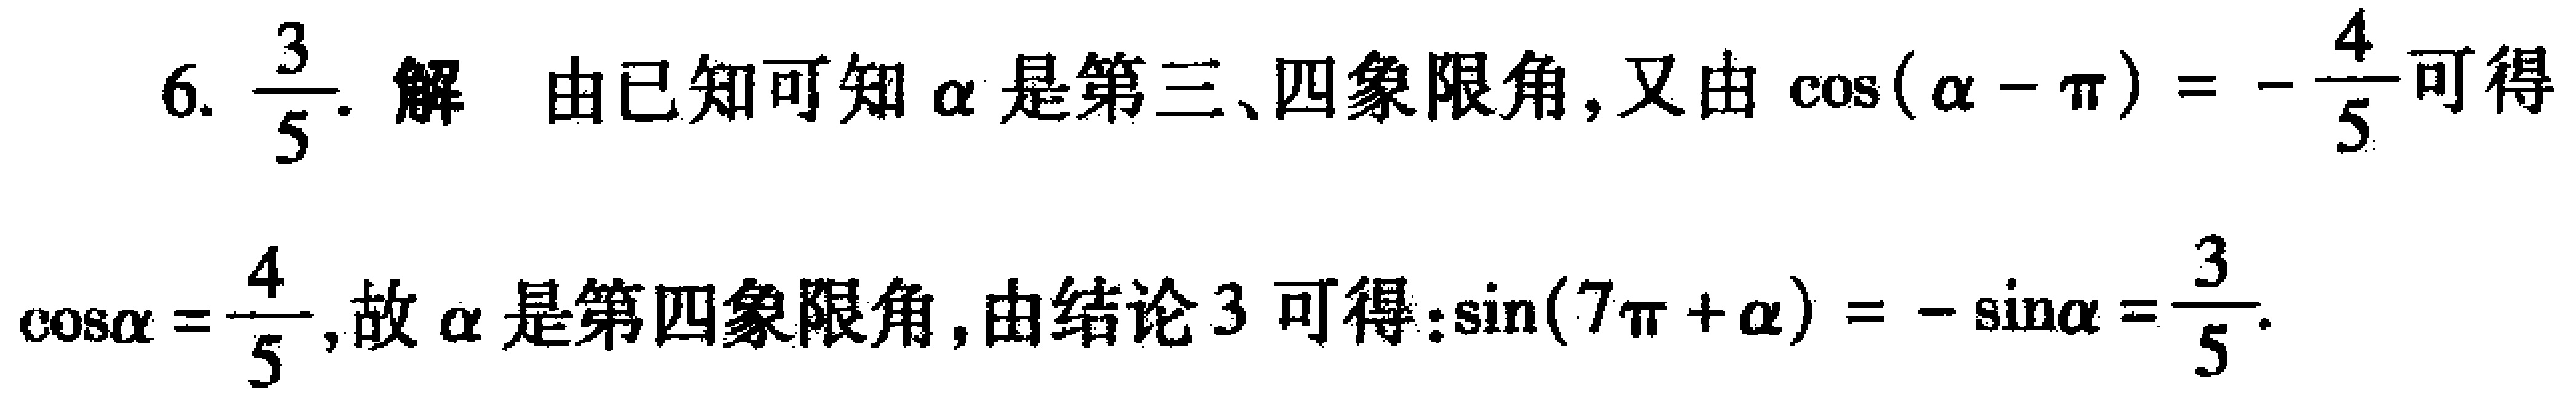
6. $\frac{3}{5}$. 解 由已知可知$\alpha$是第三、四象限角, 又由$\cos(\alpha - \pi)=-\frac{4}{5}$可得

$\cos\alpha = \frac{4}{5}$, 故$\alpha$是第四象限角, 由结论 3 可得: $\sin(7\pi+\alpha)=-\sin\alpha=\frac{3}{5}$.